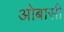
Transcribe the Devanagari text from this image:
ओबासी